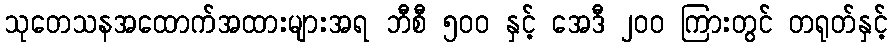
သုတေသနအထောက်အထားများအရ ဘီစီ ၅၀၀ နှင့် အေဒီ ၂၀၀ ကြားတွင် တရုတ်နှင့်